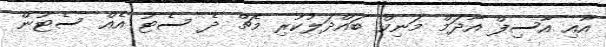
އާއި އާސިފް އާދަމް މަނިކް ބައްދަލުކުރި މެޗް ދެ ސެޓު އެއް ސެޓުން